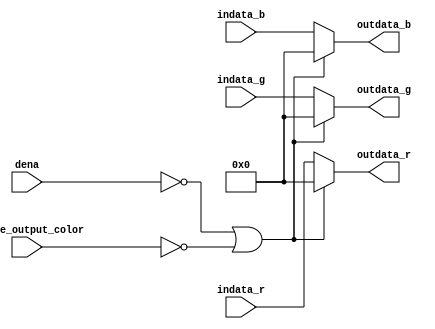
module vga_output_color_mask (indata_r, indata_g, indata_b, dena, enable_output_color, outdata_r, outdata_g, outdata_b);
input dena, enable_output_color;
input [7:0] indata_r, indata_g, indata_b;
output reg [7:0] outdata_r, outdata_g, outdata_b;

always @(*)
begin
	if((~dena) || (~enable_output_color))
		begin
			outdata_r = 8'b0;
			outdata_g = 8'b0;
			outdata_b = 8'b0;
		end
	else
		begin
			outdata_r = indata_r;
			outdata_g = indata_g;
			outdata_b = indata_b;
		end
end 

endmodule